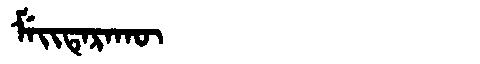
Manchu: ᠮᡝᡳᡨᡝᡵᠠᡴᡡ
Romanization: MEITERAKŪ